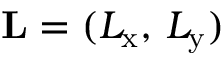
\mathbf { L } = ( L _ { \mathrm { x } } , \, L _ { \mathrm { y } } )